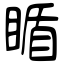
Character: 瞃